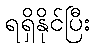
ရရှိနိုင်ပြီး